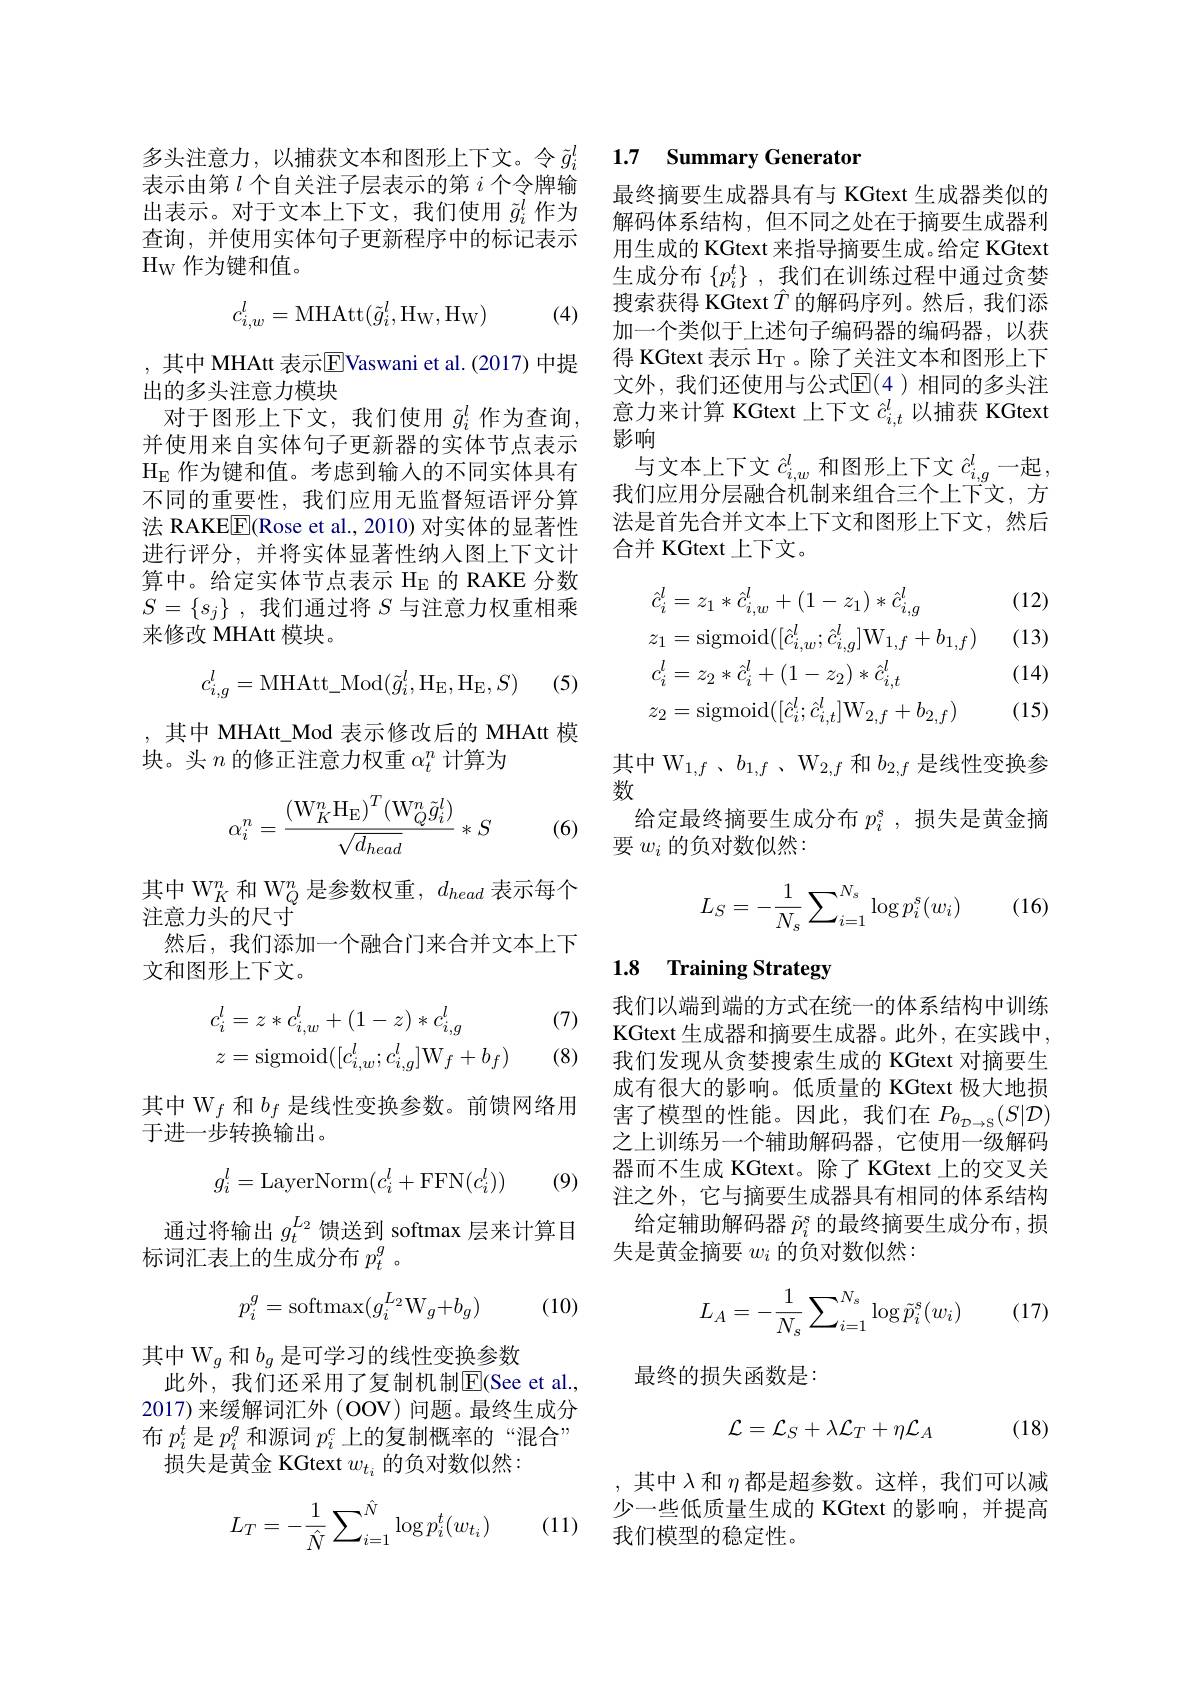
多头注意力，以捕获文本和图形上下文。令$\tilde{g}_i^l$ 表示由第$l$个自关注子层表示的第$i$个令牌输出表示。对于文本上下文，我们使用$\tilde{g}_i^l$作为查询，并使用实体句子更新程序中的标记表示$\mathrm{H}_{\mathrm{W}}$作为键和值。

(4)
$$c_{i,w}^l=\mathrm M\mathrm H\mathrm A\mathrm t\mathrm t(\tilde g_i^l,\mathrm H_\mathrm W,\mathrm H_\mathrm W)$$
,其中 MHAtt 表示$\overline{\mathrm{E}}$Vaswani et al.(2017)中提
出的多头注意力模块
对于图形上下文，我们使用$\tilde{g}_i^l$作为查询并使用来自实体句子更新器的实体节点表示$H_E$作为键和值。考虑到输入的不同实体具有不同的重要性，我们应用无监督短语评分算法 RAKE$\boxed{\mathrm{F}}($Rose et al., 2010) 对实体的显著性进行评分，并将实体显著性纳人图上下文计算中。给定实体节点表示$H_E$的 RAKE 分数$S= \{ s_j\}$ , 我们通过将 $S$ 与注意力权重相乘来修改 MHAtt 模块。

(5)
$$c_{i,g}^l=\mathrm M\mathrm H\mathrm A\mathrm t\mathrm t_\mathrm M\mathrm o\mathrm d(\tilde g_i^l,\mathrm H_\mathrm E,\mathrm H_\mathrm E,S)$$
,其中 MHAt\_Mod 表示修改后的 MHAtt 模
块。头$n$的修正注意力权重$\alpha_t^n$计算为
$$\alpha_i^n=\frac{(\mathrm{W}_K^n\mathrm{H}_\mathrm{E})^T(\mathrm{W}_Q^n\tilde{g}_i^l)}{\sqrt{d_{head}}}*S$$
(6)

其中 W$_K^n$和 W$_Q^n$是参数权重，$d_head$表示每个
注意力头的尺寸
然后，我们添加一个融合门来合并文本上下
文和图形上下文。

(7)
$$\begin{aligned}&c_{i}^{l}=z*c_{i,w}^{l}+(1-z)*c_{i,g}^{l}\\&z=\mathrm{sigmoid}([c_{i,w}^{l};c_{i,g}^{l}]\mathrm{W}_{f}+b_{f})\end{aligned}$$
(8)

其中 W$_f$和$b_f$是线性变换参数。前馈网络用
于进一步转换输出。
$$g_i^l=\text{LayerNorm}(c_i^l+\text{FFN}(c_i^l))$$
(9)

通过将输出$g_t^{L_2}$馈送到 softmax 层来计算目
标词汇表上的生成分布$p_t^g$ 。
$$p_i^g=\text{softmax}(g_i^{L_2}\text{W}_g+b_g)$$
(10)

其中 W$_g$和$b_g$是可学习的线性变换参数
此外，我们还采用了复制机制$\overline{\mathrm{E}}($See et al. 2017) 来缓解词汇外 (OOV) 问题。最终生成分布$p_i^t$是$p_i^g$和源词$p_i^c$上的复制概率的“混合” 损失是黄金 KGtext $w_{t_i}$的负对数似然：
$$L_T=-\frac{1}{\hat{N}}\sum_{i=1}^{\hat{N}}\log p_i^t(w_{t_i})$$
(11)

### 1.7 Summary Generator

最终摘要生成器具有与 KGtext 生成器类似的解码体系结构，但不同之处在于摘要生成器利用生成的 KGtext 来指导摘要生成。给定 KGtext 生成分布$\{p_i^t\}$ ,我们在训练过程中通过贪婪搜索获得 KGtext $\hat{T}$的解码序列。然后，我们添加一个类似于上述句子编码器的编码器，以获得 KGtext 表示$H_T$。除了关注文本和图形上下文外，我们还使用与公式$\mathbb{E}(4)$相同的多头注意力来计算 KGtext 上下文$\hat{c}_{i,t}^l$以捕获 KGtext 影响
与文本上下文$\hat{c}_{i,w}^l$和图形上下文$\hat{c}_{i,g}^l$一起， 我们应用分层融合机制来组合三个上下文，方法是首先合并文本上下文和图形上下文，然后合并 KGtext 上下文。

(12)

(13)
$$\begin{aligned}&\hat{c}_{i}^{l}=z_{1}*\hat{c}_{i,w}^{l}+(1-z_{1})*\hat{c}_{i,g}^{l}\\&z_{1}=\mathrm{sigmoid}([\hat{c}_{i,w}^{l};\hat{c}_{i,g}^{l}]\mathrm{W}_{1,f}+b_{1,f})\\&c_{i}^{l}=z_{2}*\hat{c}_{i}^{l}+(1-z_{2})*\hat{c}_{i,t}^{l}\\&z_{2}=\mathrm{sigmoid}([\hat{c}_{i}^{l};\hat{c}_{i,t}^{l}]\mathrm{W}_{2,f}+b_{2,f})\end{aligned}$$
(14)

(15)

其中 W$_1, f$ $、 b_{1, f}$ $、$ $\mathrm{W} _{2, f}$和$b_{2,f}$是线性变换参
数
给定最终摘要生成分布$p_i^\mathrm{s}$ ,损失是黄金摘
要$w_i$的负对数似然：
$$L_S=-\dfrac{1}{N_s}\sum_{i=1}^{N_s}\log p_i^s(w_i)$$
(16)

## 1.8 Training Strategy

我们以端到端的方式在统一的体系结构中训练KGtext 生 成 器 和 摘 要 生 成 器 。此 外 , 在 实 践 中 , 我们发现从贪婪搜索生成的 KGtext 对摘要生成有很大的影响。低质量的 KGtext 极大地损害了模型的性能。因此，我们在$P_{\theta_{\mathcal{D}\to\mathcal{S}}}(S|\mathcal{D})$ 之上训练另一个辅助解码器，它使用一级解码器而不生成 KGtext。除了 KGtext 上的交叉关注之外，它与摘要生成器具有相同的体系结构给定辅助解码器$\tilde{p}_i^s$的最终摘要生成分布 ,损失是黄金摘要$w_i$的负对数似然：
$$L_A=-\frac{1}{N_s}\sum_{i=1}^{N_s}\log\tilde{p}_i^s(w_i)$$
(17)

最终的损失函数是：

(18)
$$\mathcal{L}=\mathcal{L}_{S}+\lambda\mathcal{L}_{T}+\eta\mathcal{L}_{A}$$
其中$\lambda$和$\eta$都是超参数。这样，我们可以减少一些低质量生成的 KGtext 的影响，并提高我们模型的稳定性。